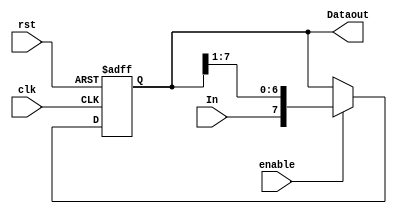
`timescale 1ns / 1ps
//////////////////////////////////////////////////////////////////////////////////
// Company: 
// Engineer: 
// 
// Design Name: 
// Module Name:    ShiftRightReg 
// Project Name: 
// Target Devices: 
// Tool versions: 
// Description: 
//
// Dependencies: 
//
// Revision: 
// Revision 0.01 - File Created
// Additional Comments: 
//
//////////////////////////////////////////////////////////////////////////////////
module ShiftRightReg(input clk,input rst,input enable,input In, output reg[7:0] Dataout);

always @(negedge clk, posedge rst)
	begin
		if (rst)
			Dataout = 8'b0;
		else  
			if (enable)
				Dataout = {In, Dataout[7:1]};
			else
				Dataout = Dataout;
	end

endmodule